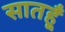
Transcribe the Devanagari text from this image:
सातहूँ